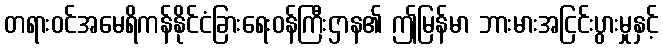
တရားဝင်အမေရိကန်နိုင်ငံခြားရေးဝန်ကြီးဌာန၏ ဤမြန်မာ ဘားမားအငြင်းပွားမှုနှင့်